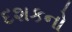
દશકનો